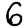
Digit: 6